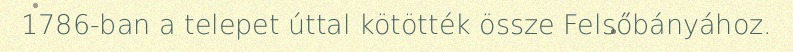
1786-ban a telepet úttal kötötték össze Felsőbányához.